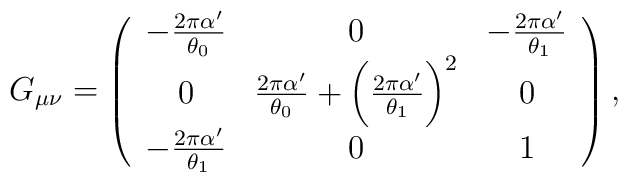
G_{\mu\nu}=\left(\begin{array}{ccc}-\frac{2\pi\alpha^{\prime}}{\theta_0}&0&-\frac{2\pi\alpha^{\prime}}{\theta_1} \\0&\frac{2\pi\alpha^{\prime}}{\theta_0}+\biggl(\frac{2\pi\alpha^{\prime}}{\theta_1}\biggr)^2&0\\-\frac{2\pi\alpha^{\prime}}{\theta_1}&0&1\end{array}\right),